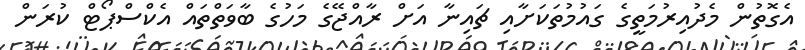
އެގޮތުން މެދުއިރުމަތީގެ ގައުމުތަކަށާއި ޗައިނާ އަށް ރާއްޖޭގެ މަހުގެ ބާވަތްތައް އެކްސްޕޯޓް ކުރަން